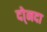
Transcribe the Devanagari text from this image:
दो्नदा